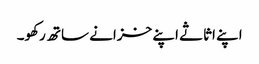
اپنے اثاثے اپنے خزانے ساتھ رکھو۔